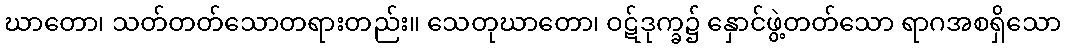
ဃာတော၊ သတ်တတ်သောတရားတည်း။ သေတုဃာတော၊ ဝဋ်ဒုက္ခ၌ နှောင်ဖွဲ့တတ်သော ရာဂအစရှိသော